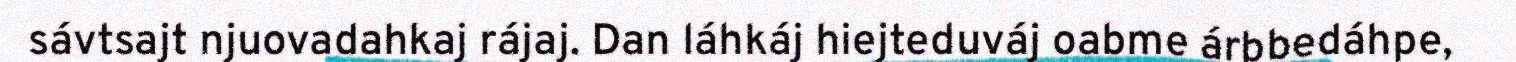
sávtsajt njuovadahkaj rájaj. Dan láhkáj hiejteduváj oabme árbbedáhpe,